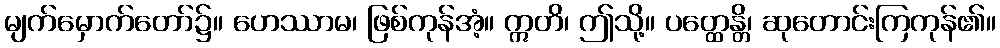
မျက်မှောက်တော်၌။ ဟေဿာမ၊ ဖြစ်ကုန်အံ့။ ဣတိ၊ ဤသို့။ ပတ္ထေန္တိ၊ ဆုတောင်းကြကုန်၏။